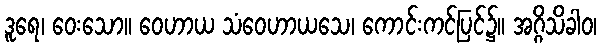
ဒူရေ၊ ဝေးသော။ ဝေဟာယ သံဝေဟာယသေ၊ ကောင်းကင်ပြင်၌။ အဂ္ဂိသိခါဝ၊